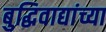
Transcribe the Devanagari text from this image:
बुद्धिवाद्यांच्या